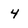
Character: 4